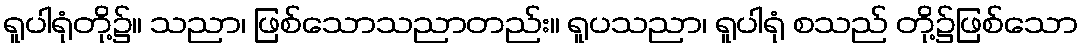
ရူပါရုံတို့၌။ သညာ၊ ဖြစ်သောသညာတည်း။ ရူပသညာ၊ ရူပါရုံ စသည် တို့၌ဖြစ်သော